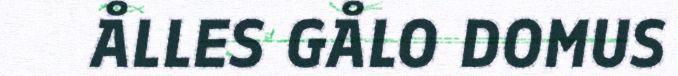
ÅLLES GÅLO DOMUS